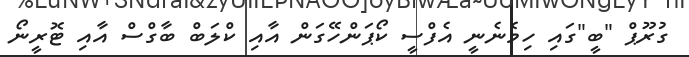
ގުރޫޕް "ބީ"ގައި ހިމެނެނީ އެފްސީ ކޯޕަންހޭގަން އާއި ކްލަބް ބާގްސް އާއި ޓޮރީނޯ